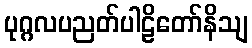
ပုဂ္ဂလပညတ်ပါဠိတော်နိသျ